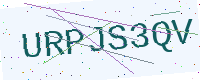
Text: URPJS3QV